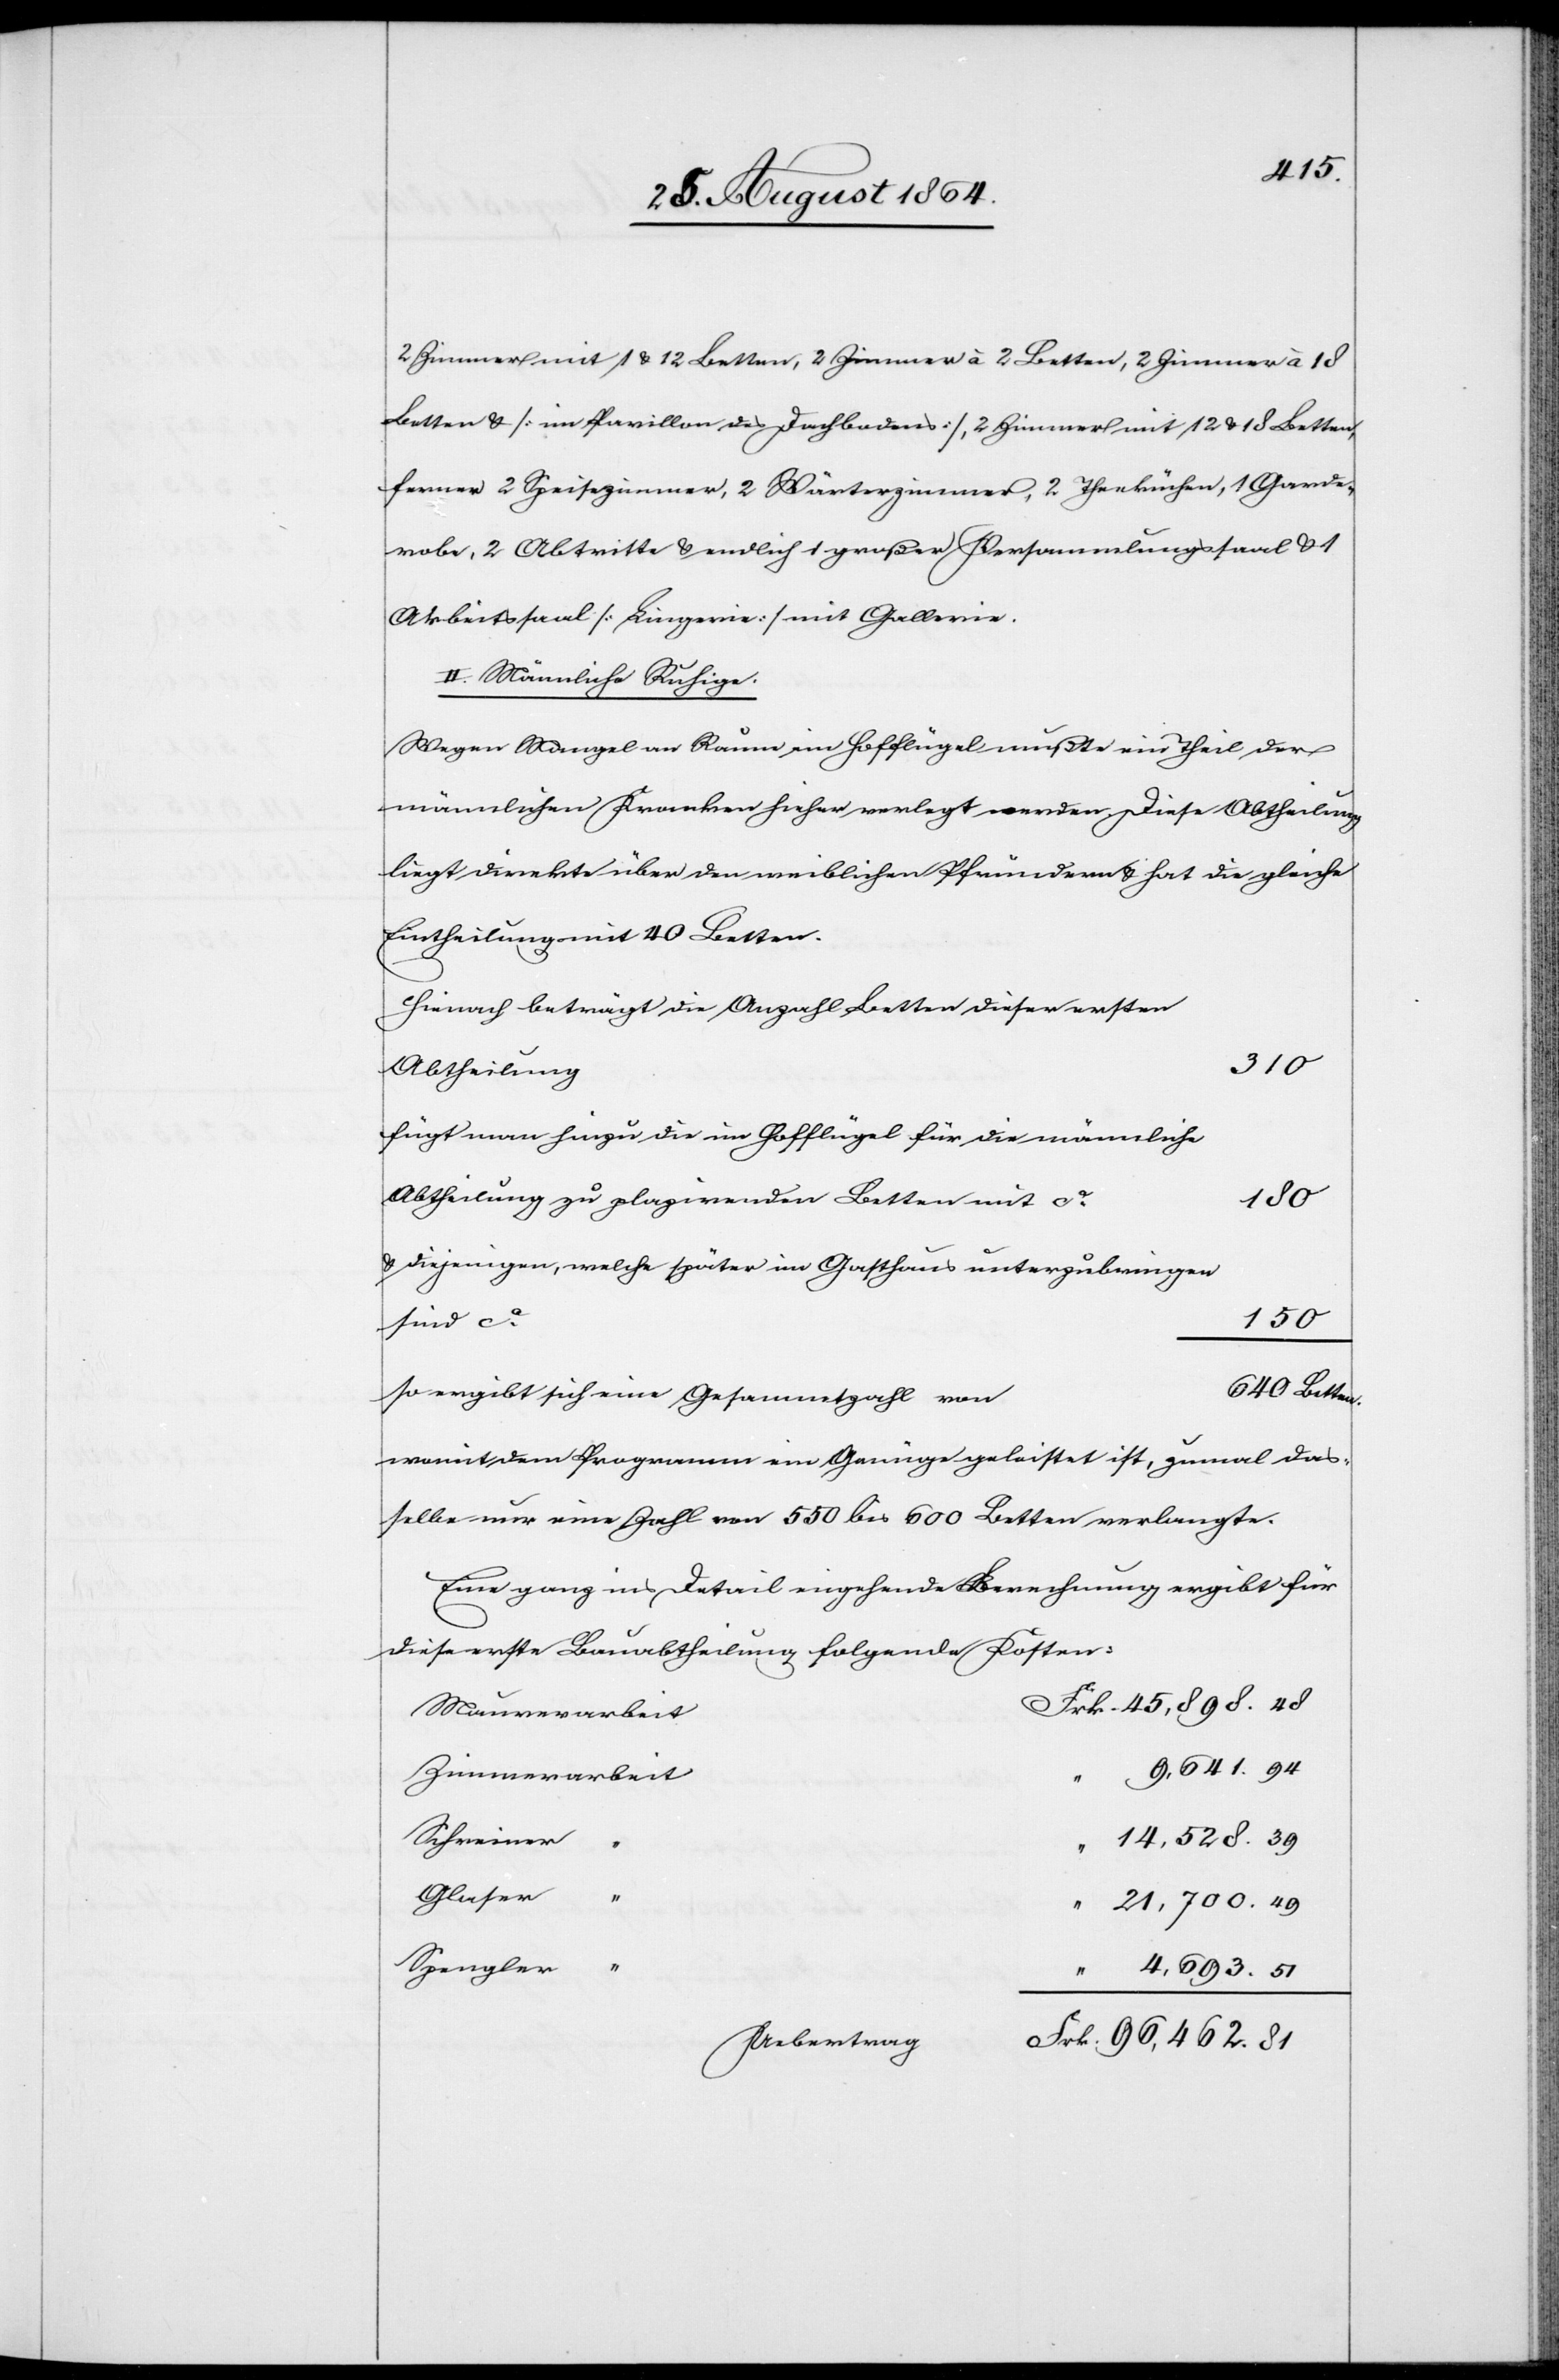
2 Zimmer mit 1 & 12 Betten, 3 Zimmer à 2 Betten, 2 Zimmer à 18
Betten & [im Pavillon des Dachbodens], 2 Zimmer mit 12 & 18 Betten,
ferner 2 Speisezimmer, 2 Wärterzimmer, 2 Theeküchen, 1 Garde¬
robe, 2 Abtritte & endlich 1 großer Versammlungssaal & 1
Arbeitssaal [Lingerie] mit Gallerie.
II. Männliche Ruhige.
Wegen Mangel an Raum ein [recte: im] Hofflügel mußte ein Theil der
männlichen Kranken hieher verlegt werden. Diese Abtheilung
liegt direkte über den weiblichen Pfründern & hat die gleiche
Eintheilung mit 40 Betten.
Hienach beträgt die Anzahl Betten dieser ersten
310
Abtheilung
fügt man hinzu die im Hofflügel für die männliche
Abtheilung zu plazirenden Betten mit ca.
180
& diejenigen, welche später im Gasthaus unterzubringen
150
sind ca.
640 Betten.
so ergibt sich eine Gesammtzahl von
womit dem Programm ein Genüge geleistet ist, zumal das¬
selbe nur eine Zahl von 550 bis 600 Betten verlangt.
Eine ganz ins Detail eingehende Berechnung ergibt für
die erste Bauabtheilung folgende Kosten.
Mauerarbeit
9,641.94
Zimmerarbeit
Schreiner
14,528.39
Glaser “
21,700.49
Spengler “
4,693.51